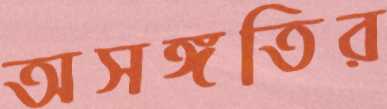
অসঙ্গতির